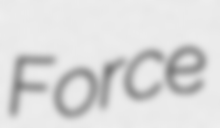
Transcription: Force